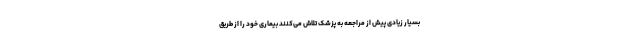
بسیار زیادی پیش از مراجعه به پزشک تلاش می‌کنند بیماری خود را از طریق